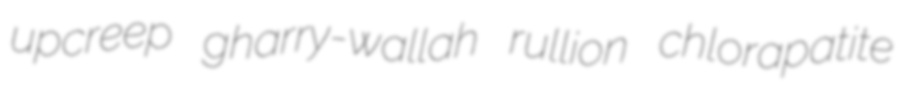
upcreep gharry-wallah rullion chlorapatite